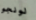
لونجو